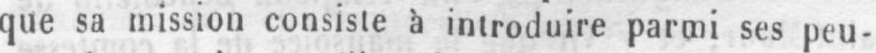
que sa mission consiste à introduire parmi ses peu-